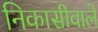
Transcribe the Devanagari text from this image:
निकासीवाले